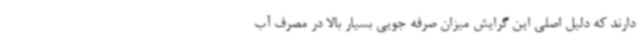
دارند که دلیل اصلی این گرایش میزان صرفه جویی بسیار بالا در مصرف آب